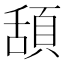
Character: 頢